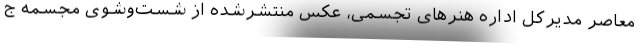
معاصر مدیرکل اداره هنرهای تجسمی، عکس منتشرشده از شست‌وشوی مجسمه ج